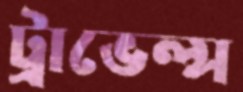
ট্রাভেল্স